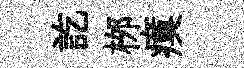
訖桞瘼